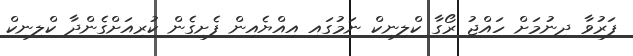
ފަރުވާ ދިނުމަށް ހައްޖު ރޯގާ ކްލިނިކް ނަމުގައި އިއްޔެއިން ފެށިގެން ކުރިއަށްގެންދާ ކްލިނިކް